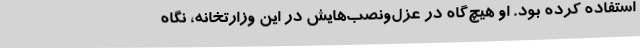
استفاده کرده بود. او هیچ‌گاه در عزل‌ونصب‌هایش در این وزارتخانه، نگاه